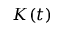
K ( t )